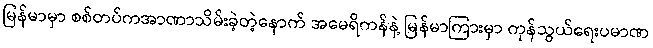
မြန်မာမှာ စစ်တပ်ကအာဏာသိမ်းခဲ့တဲ့နောက် အမေရိကန်နဲ့ မြန်မာကြားမှာ ကုန်သွယ်ရေးပမာဏ